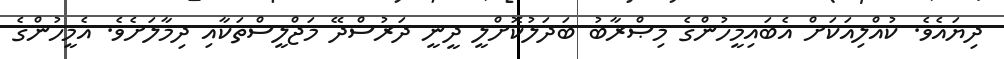
ދިޔައެވެ. ކުއްލިއަކަށް އެބައިމީހުންގެ މިޞްރާބު ބަދަލުކޮށްލީ ދީނީ ދަރުސްދޭ މަޖްލީސްތަކާއި ދިމާލަށެވެ. އެމީހުންގެ